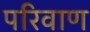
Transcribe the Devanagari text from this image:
परिवाण